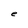
Character: e